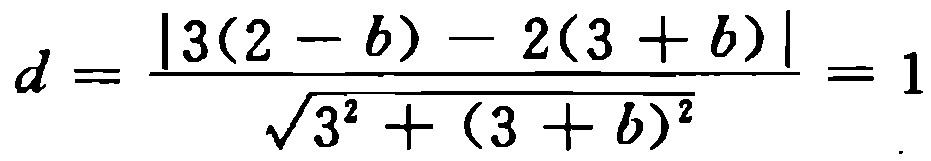
\[d = \frac{|3(2 - b) - 2(3 + b)|}{\sqrt{3^{2} + (3 + b)^{2}}} = 1\]